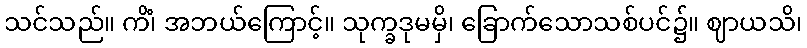
သင်သည်။ ကိံ၊ အဘယ်ကြောင့်။ သုက္ခဒုမမှိ၊ ခြောက်သောသစ်ပင်၌။ ဈာယသိ၊